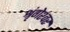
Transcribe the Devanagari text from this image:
श्रृंगेश्‍वर